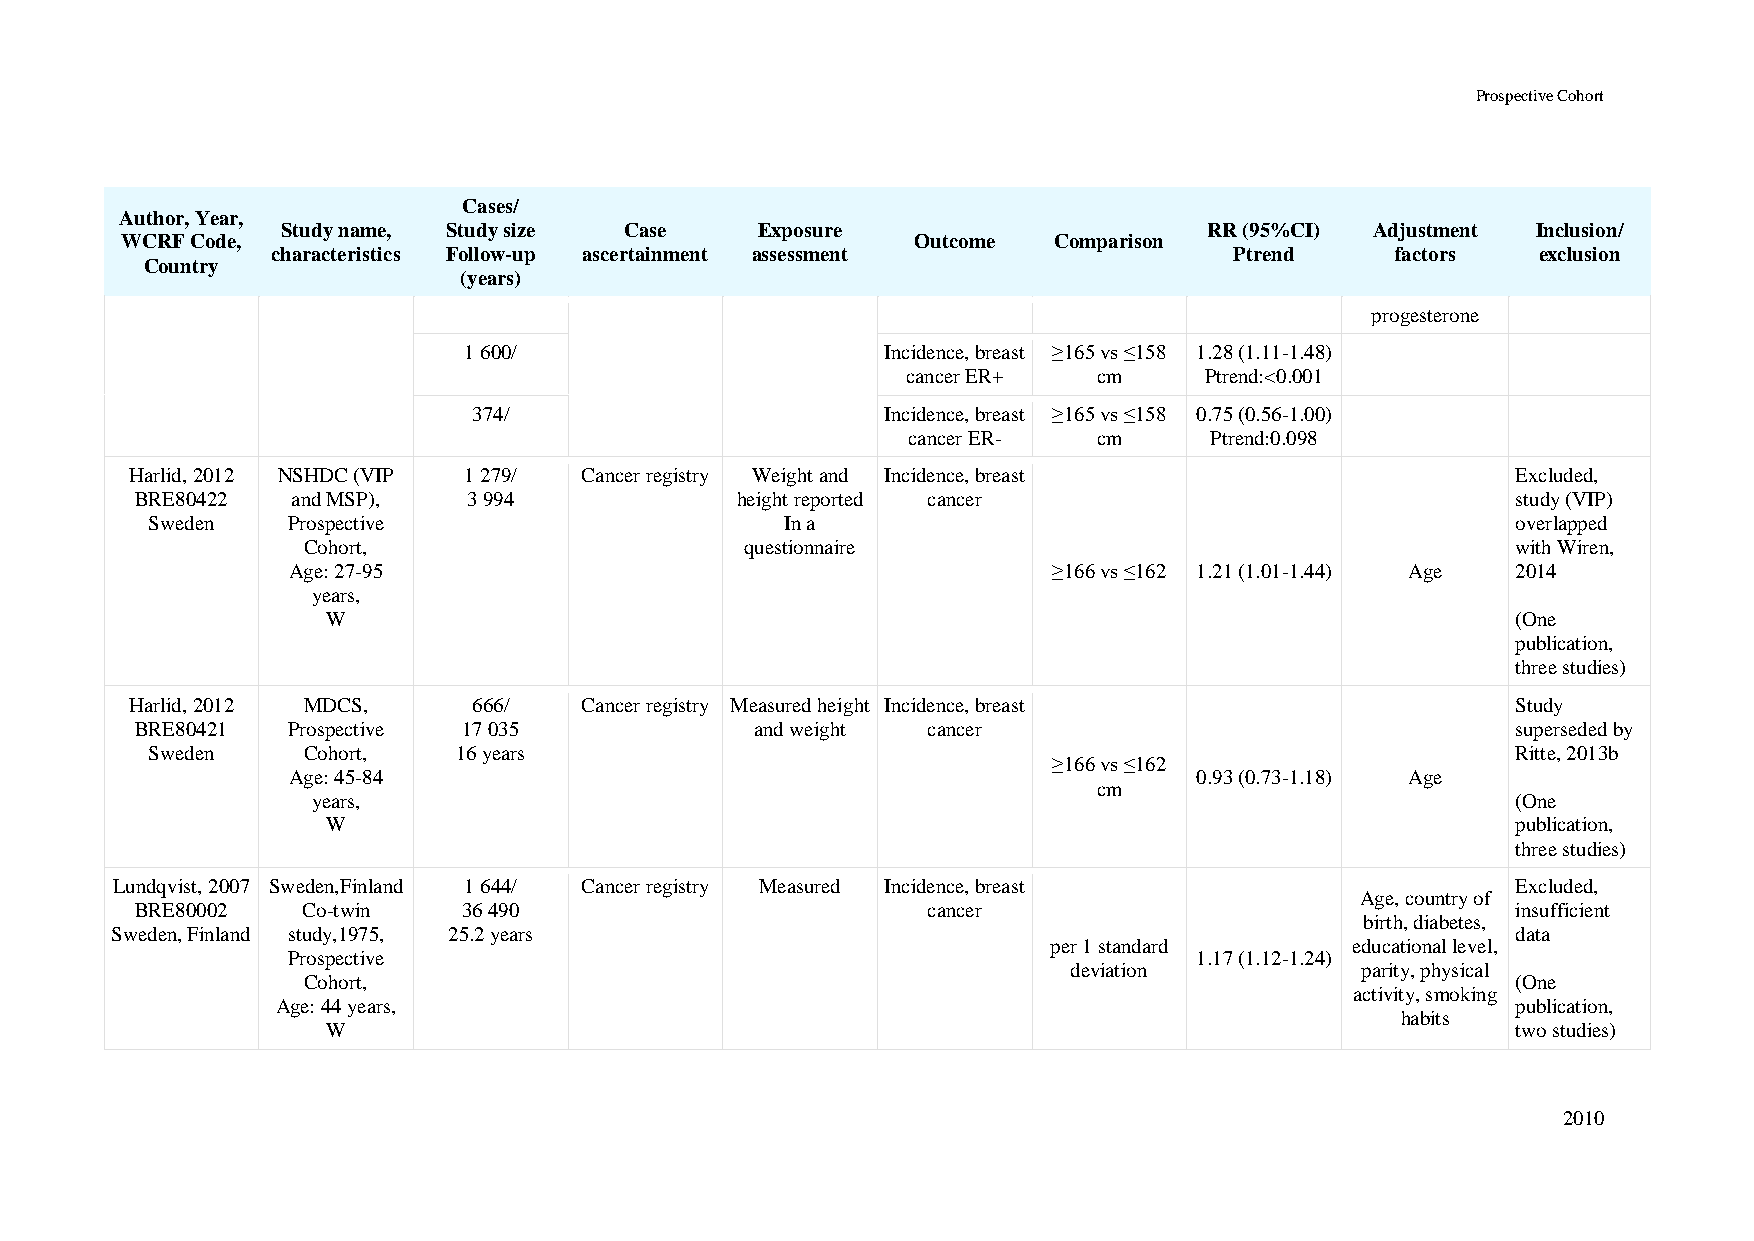
Prospective Cohort
 Cases/
 Author, Year,
 Study name, Study size Case    Exposure                      RR (95%CI) Adjustment Inclusion/
 WCRF Code,                                           Outcome  Comparison
 characteristics Follow-up ascertainment assessment              Ptrend    factors   exclusion
 Country
 (years)
 progesterone
 1 600/                      Incidence, breast ≥165 vs ≤158 1.28 (1.11-1.48)
 cancer ER+   cm     Ptrend:<0.001
 374/                        Incidence, breast ≥165 vs ≤158 0.75 (0.56-1.00)
 cancer ER-   cm     Ptrend:0.098
 Harlid, 2012 NSHDC (VIP 1 279/ Cancer registry Weight and Incidence, breast                Excluded,
 BRE80422  and MSP),   3 994             height reported cancer                             study (VIP)
 Sweden   Prospective                      In a                                            overlapped
 Cohort,                      questionnaire                                      with Wiren,
 Age: 27-95                                         ≥166 vs ≤162 1.21 (1.01-1.44) Age 2014
 years,
 W                                                                             (One
 publication,
 three studies)
 Harlid, 2012 MDCS,    666/   Cancer registry Measured height Incidence, breast             Study
 BRE80421  Prospective 17 035             and weight cancer                                 superseded by
 Sweden    Cohort,   16 years                                                              Ritte, 2013b
 ≥166 vs ≤162
 Age: 45-84                                                  0.93 (0.73-1.18) Age
 cm
 years,                                                                         (One
 W                                                                             publication,
 three studies)
 Lundqvist, 2007 Sweden,Finland 1 644/ Cancer registry Measured Incidence, breast             Excluded,
 Age, country of
 BRE80002   Co-twin    36 490                        cancer                                 insufficient
 birth, diabetes,
 Sweden, Finland study,1975, 25.2 years                                                       data
 per 1 standard     educational level,
 Prospective                                                 1.17 (1.12-1.24)
 deviation          parity, physical
 Cohort,                                                                         (One
 activity, smoking
 Age: 44 years,                                                                    publication,
 habits
 W                                                                             two studies)
 2010